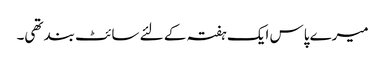
میرے پاس ایک ہفتہ کے لئے سائٹ بند تھی۔